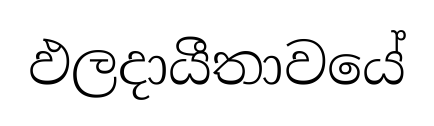
ඵලදායීතාවයේ